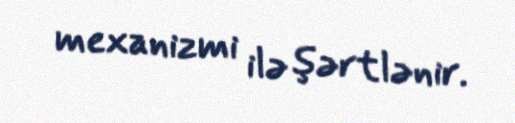
mexanizmi ilə şərtlənir.